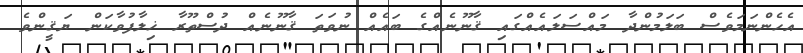
އެހެންނަމަވެސް ބަލަމުންދާ މައްސަލައެއްގައި ޤާނޫނެއްގެ ބައެއް ނުވަތަ ޤާނޫނެއް ދުސްތޫރާ ޚިލާފުވާކަން ޔަޤީންވެ